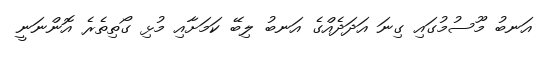
އަނބު މޫސުމުގައި ގިނަ އަދަދެއްގެ އަނބު ލިބޭ ކަމަށާއި މުޅި ގޯތިތެރެ އޮންނަނީ